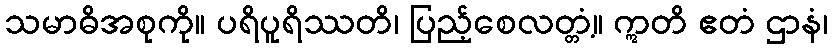
သမာဓိအစုကို။ ပရိပူရိဿတိ၊ ပြည့်စေလတ္တံ့။ ဣတိ ဧတံ ဌာနံ၊